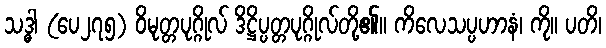
သဒ္ဓါ (ပေ၂၇၅) ဝိမုတ္တပုဂ္ဂိုလ် ဒိဋ္ဌိပ္ပတ္တပုဂ္ဂိုလ်တို့၏။ ကိလေသပ္ပဟာနံ၊ ကို။ ပတိ၊